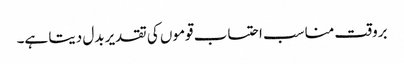
بروقت مناسب احتساب قوموں کی تقدیر بدل دیتا ہے۔